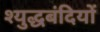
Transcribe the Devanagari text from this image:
श्युद्धबंदियों